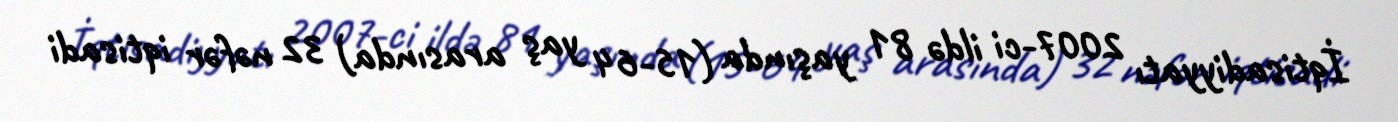
İqtisadiyyatı 2007-ci ildə 81 yaşında (15-64 yaş arasında) 32 nəfər iqtisadi